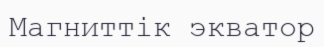
Магниттік экватор